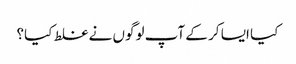
کیا ایسا کر کے آپ لوگوں نے غلط کیا؟